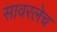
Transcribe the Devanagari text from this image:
सावरलेच